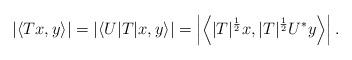
LaTeX: \begin{align*}\left|\left<Tx,y\right>\right|=\left|\left<U|T|x,y\right>\right|=\left|\left<|T|^{\frac{1}{2}}x,|T|^{\frac{1}{2}}U^*y\right>\right|.\end{align*}